Vaccination in the Punjab 1883-1896 - 1883-1896
Year: 1883
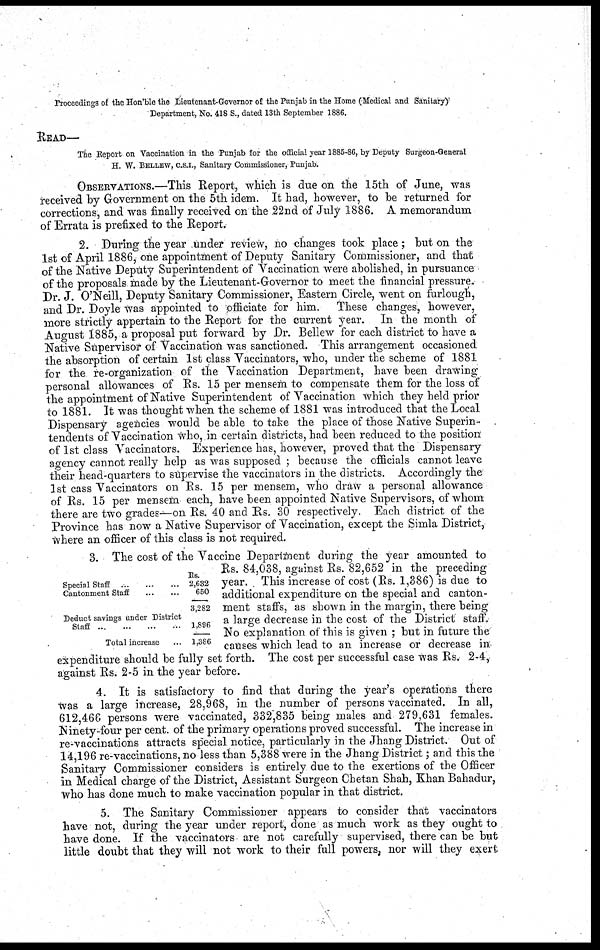
Proceedings of the Hon'ble the Lientenant-Governor of the Punjab in the Home (Medical and Sanitary)
Department, No. 418 S., dated 13th September 1886.
READ—
The Report on Vaccination in the Punjab for the official year 1885-86, by Deputy Surgeon-General
H. W. BELLEW, C.S.I., Sanitary Commissioner, Punjab.
OBSERVATIONS.—This Report, which is due on the 15th of June, was
received by Government on the 5th idem. It had, however, to be returned for
corrections, and was finally received on the 22nd of July 1886. A memorandum
of Errata is prefixed to the Report.
2. During the year under review, no changes took place ; but on the
1st of April 1886, one appointment of Deputy Sanitary Commissioner, and that
of the Native Deputy Superintendent of Vaccination were abolished, in pursuance
of the proposals made by the Lieutenant-Governor to meet the financial pressure.
Dr. J. O'Neill, Deputy Sanitary Commissioner, Eastern Circle, went on furlough,
and Dr. Doyle was appointed to officiate for him.
These changes, however,
more strictly appertain to the Report for the current year.
In the month of
August 1885, a proposal put forward by Dr. Bellew for each district to have a
Native Supervisor of Vaccination was sanctioned. This arrangement occasioned
the absorption of certain 1st class Vaccinators, who, under the scheme of 1881
for the re-organization of the Vaccination Department, have been drawing-
personal allowances of Rs. 15 per mensem to compensate them for the loss of
the appointment of Native Superintendent of Vaccination which they held prior
to 1881. It was thought when the scheme of 1881 was introduced that the Local
Dispensary agencies would be able to take the place of those Native Superin-
tendents of Vaccination who, in certain districts, had been reduced to the position
of 1st class Vaccinators. Experience has, however, proved that the Dispensary
agency cannot really help as was supposed ; because the officials cannot leave
their head-quarters to supervise the vaccinators in the districts. Accordingly the
1st cass Vaccinators on Rs. 15 per mensem, who draw a personal allowance
of Rs. 15 per mensem each, have been appointed Native Supervisors, of whom
there are two grades—on Rs. 40 and Rs. 30 respectively. Each district of the
Province has now a Native Supervisor of Vaccination, except the Simla District,
where an officer of this class is not required.
Special Staff
...
...
...
Cantonment Staff
...
...
Deduct savings under District
Staff
...
...
...
...
Total increase ...
Rs.
2,632
650
3,282
1,896
1,386
3. The cost of the Vaccine Department during the year amounted to
Rs. 84,038, against Rs. 82,652 in the preceding
year. This increase of cost (Rs. 1,386) is due to
additional expenditure on the special and canton-
ment staffs, as shown in the margin, there being
a large decrease in the cost of the District staff.
No explanation of this is given ; but in future the
causes which lead to an increase or decrease in
expenditure should be fully set forth. The cost per successful case was Rs. 2.4,
against Rs. 2.5 in the year before.
4. It is satisfactory to find that during the year's operations there
was a large increase, 28,968, in the number of persons vaccinated. In all,
612,468 persons were vaccinated, 332,835 being males and 279,631 females.
Ninety-four per cent. of the primary operations proved successful. The increase in
re-vaccinations attracts special notice, particularly in the Jhang District. Out of
14,196 re-vaccinations, no less than 5,388 were in the Jhang District; and this the
Sanitary Commissioner considers is entirely due to the exertions of the Officer
in Medical charge of the District, Assistant Surgeon Chetan Shah, Khan Bahadur,
who has done much to make vaccination popular in that district.
5. The Sanitary Commissioner appears to consider that vaccinators
have not, during the year under report, done as much work as they ought to
have done. If the vaccinators are not carefully supervised, there can be but
little doubt that they will not work to their full powers, nor will they exert